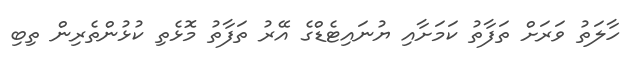
ހާލަތު ވަރަށް ތަފާތު ކަމަށާއި ޔުނައިޓެޑްގެ އޭރު ތަފާތު މޮޅެތި ކުޅުންތެރިން ތިބި